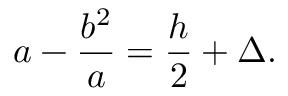
a - \frac { b ^ { 2 } } { a } = \frac { h } { 2 } + \Delta .